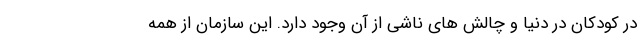
در کودکان در دنیا و چالش های ناشی از آن وجود دارد. این سازمان از همه